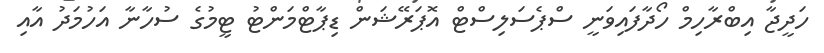
ހަދީޖާ އިބްރާހިމް ހޯދާފައިވަނީ ސްޕެސަލިސްޓް އޮޕަރޭޝަން ޑިޕާޓްމަންޓު ޓީމުގެ ސުހާނާ އަހުމަދު އާއި